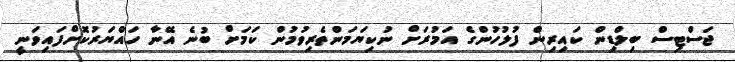
ޖަސްޓިސް ބިލްޑިން ކައިރިން ފުލުހުންގެ އަމުރަށް ނުކިޔަމަންތެރިވުމުން ކަމަށް ބުނެ އޭނާ ހައްޔަރުކޮށްފައިވަނީ